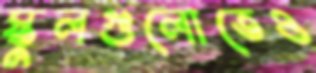
স্কুলগুলোতেও